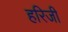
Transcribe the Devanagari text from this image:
हरिजी